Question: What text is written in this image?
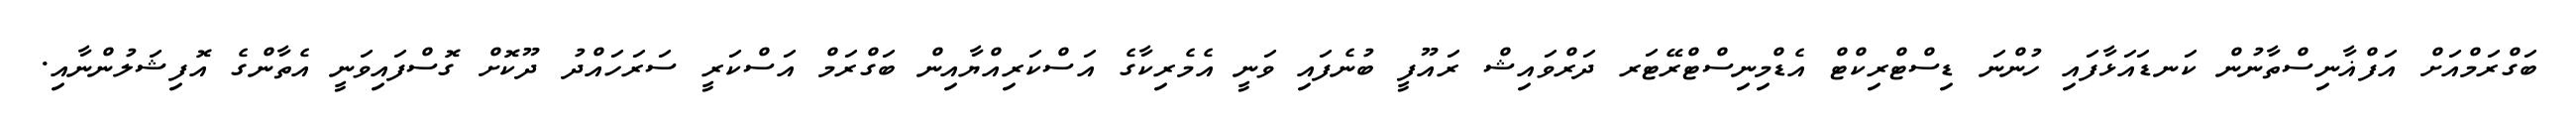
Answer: ބަގްރަމްއަށް އަފްޣާނިސްތާނުން ކަނޑައަޅާފައި ހުންނަ ޑިސްޓްރިކްޓް އެޑްމިނިސްޓްރޭޓަރ ދަރްވައިޝް ރައޫފީ ބުނެފައި ވަނީ އެމެރިކާގެ އަސްކަރިއްޔާއިން ބަގްރަމް އަސްކަރީ ސަރަހައްދު ދޫކޮށް ގޮސްފައިވަނީ އެތާންގެ އޮފިޝަލުންނާއި.